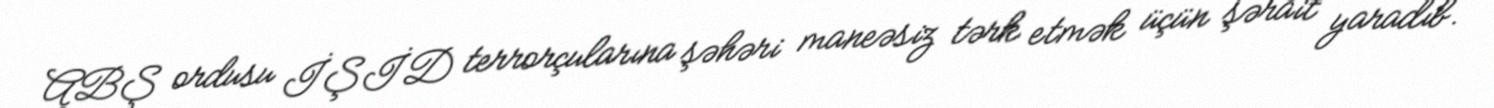
ABŞ ordusu İŞİD terrorçularına şəhəri maneəsiz tərk etmək üçün şərait yaradıb.